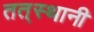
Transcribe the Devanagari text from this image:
तत्‌स्थानी